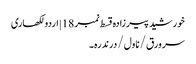
خورشید پیرزادہ قسط نمبر 18 | اردو لکھاری
سر ورق / ناول / درندرہ۔